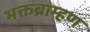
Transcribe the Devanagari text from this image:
भक्तब्राम्हण